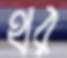
থর